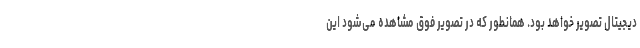
دیجیتال تصویر خواهد بود. همانطور که در تصویر فوق مشاهده می‌شود این